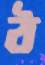
ঠ